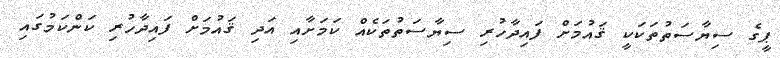
ޕީގެ ސިޔާސަތުތަކަކީ ޤައުމަށް ފައިދާހުރި ސިޔާސަތުތަކެއް ކަމަށާއި އަދި ޤައުމަށް ފައިދާހުރި ކަންކަމުގައި